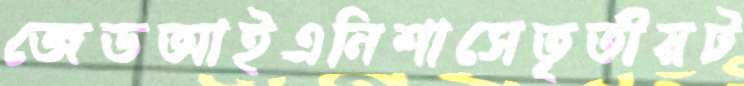
জেডআইএনিশাসেতৃতীয়ট